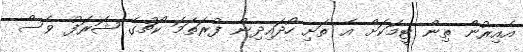
އެއިރުން ތިން ޓީމަކަށް އެ ތަށި ހޯދައިދިން ފުރަތަމަ ކޯޗުގެ ޝަރަފު ވެސް